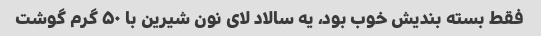
فقط بسته بندیش خوب بود، یه سالاد لای نون شیرین با ۵۰ گرم گوشت